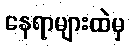
နေရာများထဲမှ